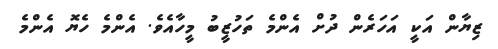
ޒިޔާން އަކީ އަހަރެން ދުށް އެންމެ ތަހުޒީބު މީހާއެވެ. އެންމެ ހެޔޮ އެންމެ